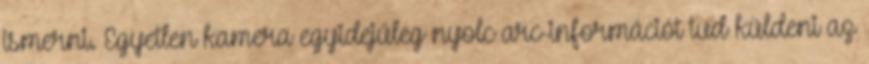
ismerni. Egyetlen kamera egyidejűleg nyolc arc-információt tud küldeni az